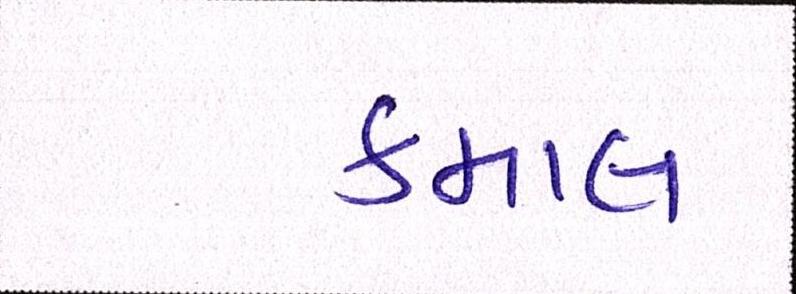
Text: કમાલ